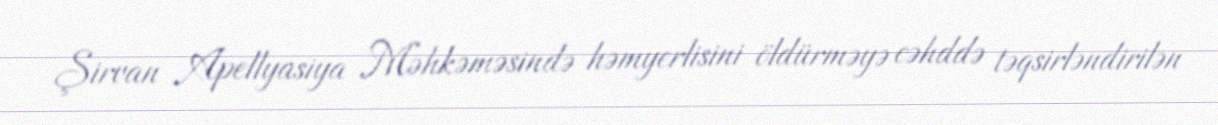
Şirvan Apellyasiya Məhkəməsində həmyerlisini öldürməyə cəhddə təqsirləndirilən